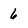
Character: 6